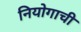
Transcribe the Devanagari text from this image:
नियोगाची